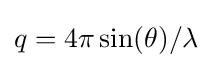
q=4\pi \sin(\theta )/\lambda